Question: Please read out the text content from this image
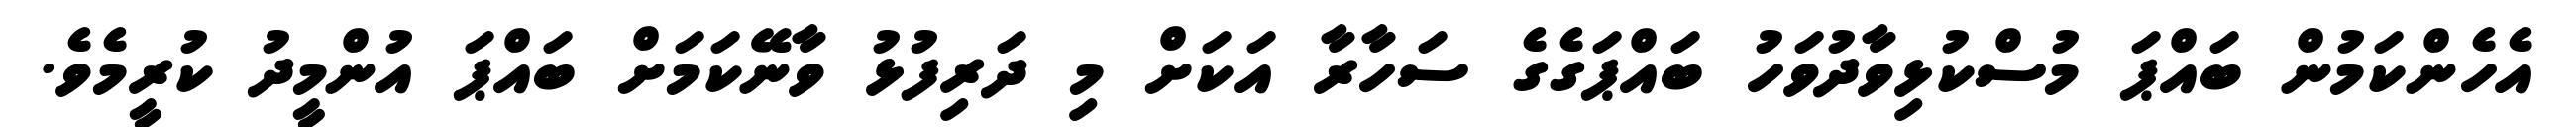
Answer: އެހެންކަމުން ބައްޕަ މުސްކުޅިވާދުވަހު ބައްޕަގެގެ ސަހާރާ އަކަށް މި ދަރިފުޅު ވާނޭކަމަށް ބައްޕަ އުންމީދު ކުރީމެވެ.